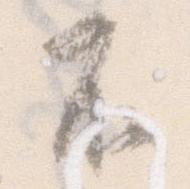
不